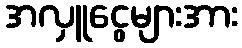
အလှူငွေများအား